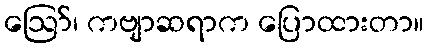
ဪ၊ ကဗျာဆရာက ပြောထားတာ။